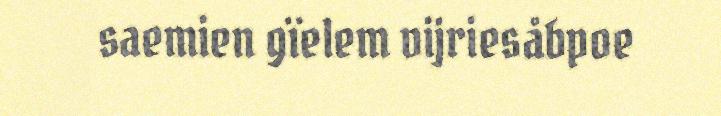
saemien gïelem vijriesåbpoe